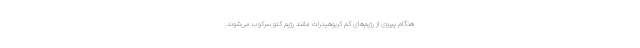
هنگام پیروی از رژیم‌های کم کربوهیدرات مانند رژیم کتو سرکوب می‌شوند.